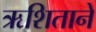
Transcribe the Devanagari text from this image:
ऋशिताने